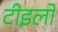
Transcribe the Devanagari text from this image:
टीइलों